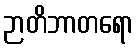
ဉာတိဘာတရော